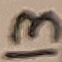
Text: 13